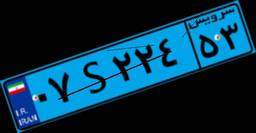
۰۷S۲۲۴۵۳